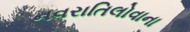
નવરાતિલોવાના